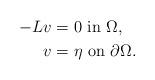
LaTeX: \begin{align*}-L v & = 0 \,\,\mbox{in}\,\, \Omega, \\v & = \eta \,\,\mbox{on}\,\, \partial\Omega.\end{align*}